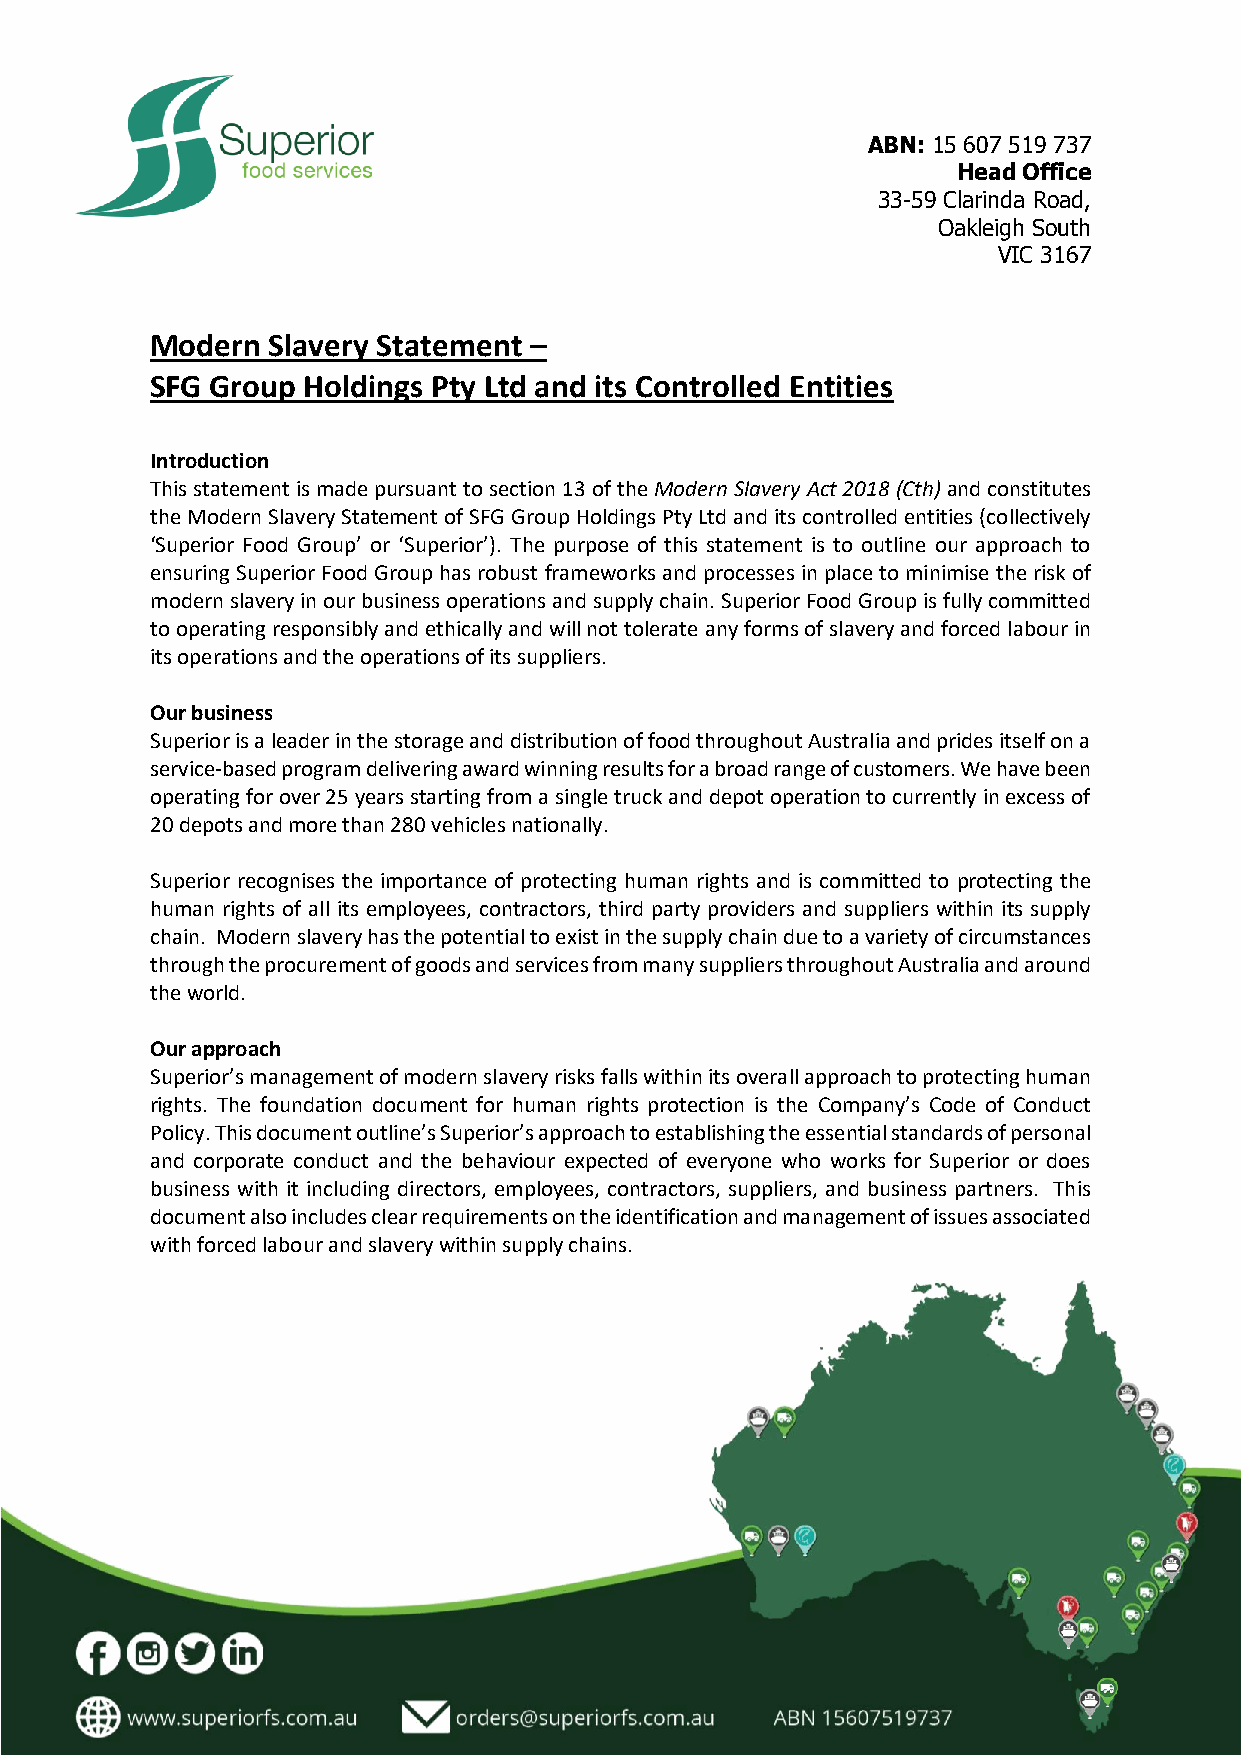
ABN: 15 607 519 737
 Head Office
 33-59 Clarinda Road,
 Oakleigh South
 VIC 3167
 Modern  Slavery Statement –
 SFG Group Holdings Pty Ltd and its Controlled Entities
 Introduction
 This statement is made pursuant to section 13 of the Modern Slavery Act 2018 (Cth) and constitutes
 the Modern Slavery Statement of SFG Group Holdings Pty Ltd and its controlled entities (collectively
 ‘Superior Food Group’ or ‘Superior’). The purpose of this statement is to outline our approach to
 ensuring Superior Food Group has robust frameworks and processes in place to minimise the risk of
 modern slavery in our business operations and supply chain. Superior Food Group is fully committed
 to operating responsibly and ethically and will not tolerate any forms of slavery and forced labour in
 its operations and the operations of its suppliers.
 Our business
 Superior is a leader in the storage and distribution of food throughout Australia and prides itself on a
 service-based program delivering award winning results for a broad range of customers. We have been
 operating for over 25 years starting from a single truck and depot operation to currently in excess of
 20 depots and more than 280 vehicles nationally.
 Superior recognises the importance of protecting human rights and is committed to protecting the
 human rights of all its employees, contractors, third party providers and suppliers within its supply
 chain. Modern slavery has the potential to exist in the supply chain due to a variety of circumstances
 through the procurement of goods and services from many suppliers throughout Australia and around
 the world.
 Our approach
 Superior’s management of modern slavery risks falls within its overall approach to protecting human
 rights. The foundation document for human rights protection is the Company’s Code of Conduct
 Policy. This document outline’s Superior’s approach to establishing the essential standards of personal
 and corporate conduct and the behaviour expected of everyone who works for Superior or does
 business with it including directors, employees, contractors, suppliers, and business partners. This
 document also includes clear requirements on the identification and management of issues associated
 with forced labour and slavery within supply chains.